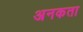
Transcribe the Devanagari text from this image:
अनकता